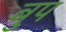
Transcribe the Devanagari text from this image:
बुप